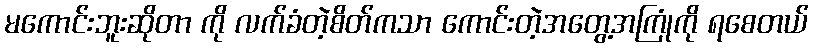
မကောင်းဘူးဆိုတာ ကို လက်ခံတဲ့စိတ်ကသာ ကောင်းတဲ့အတွေ့အကြုံကို ရစေတယ်